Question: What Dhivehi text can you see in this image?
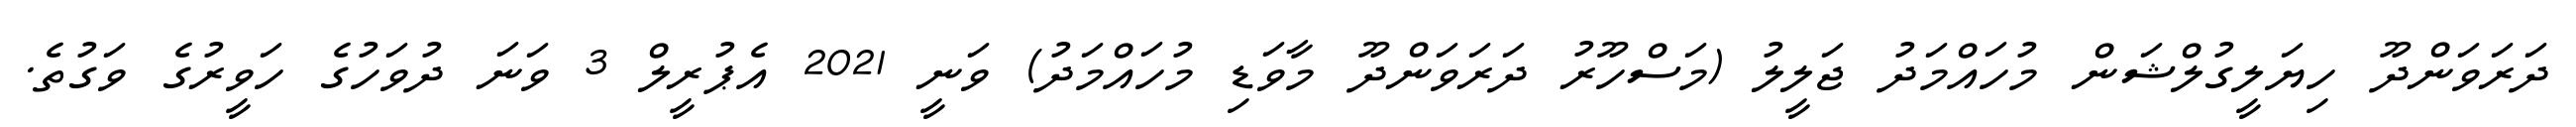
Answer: ދަރަވަންދޫ ހިޔަލީގުލްޝަން މުހައްމަދު ޖަލީލު (މަސްހޫރު ދަރަވަންދޫ މާވަޑި މުހައްމަދު) ވަނީ 2021 އެޕުރީލް 3 ވަނަ ދުވަހުގެ ހަވީރުގެ ވަގުތެ.